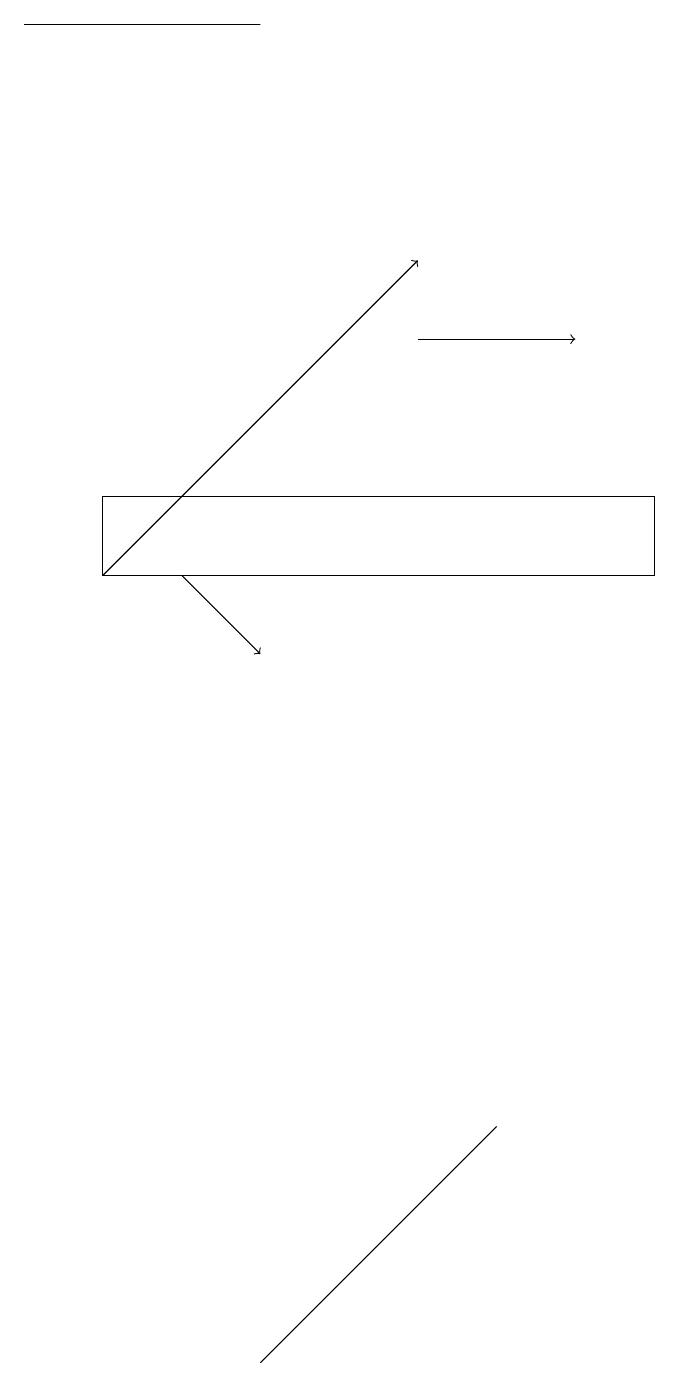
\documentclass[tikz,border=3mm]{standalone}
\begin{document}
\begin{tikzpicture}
\draw[->] (5,14) -- (7,14);
\draw (1,12) rectangle (8,11);
\draw (3,18) rectangle (0,18);
\draw[->] (2,11) -- (3,10);
\draw (5,3) -- (6,4) -- (3,1) -- cycle;
\draw[->] (1,11) -- (5,15);
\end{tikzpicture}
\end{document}